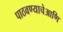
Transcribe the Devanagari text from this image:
पाठवण्याचेआणि